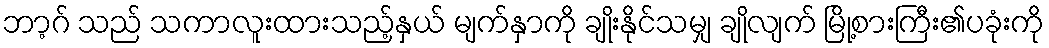
ဘာ့ဂ် သည် သကာလူးထားသည့်နှယ် မျက်နှာကို ချိုးနိုင်သမျှ ချိုလျက် မြို့စားကြီး၏ပခုံးကို